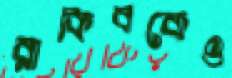
রাকিবকেও